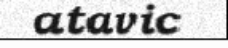
atavic